Lunatic asylums Bombay report 1891-1903 - 1891-1903
Year: 1891
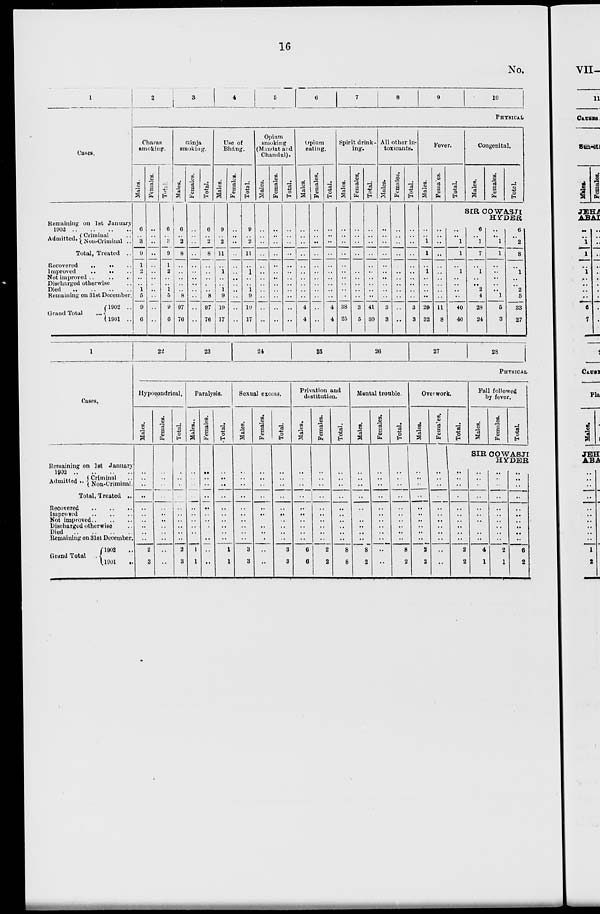
16
No.
1
Cases.
Remaining on 1st January
1902 .. .. .. ..
Admitted. Criminal ..
Non-Criminal ..
Total, Treated ..
Recovered .. .. ..
Improved
..
..
..
Not improved .. .. ..
Discharged otherwise ..
Died .. .. .. ..
Remaining on 31at December.
Grand Total ..
1902
..
1901 ..
2
3
4
5
6
7
8
9
10
PHYSICAL
Charas
smoking.
Males.
6
..
3
9
1
2
..
..
1
5
9
6
Females.
..
..
..
..
..
..
..
..
..
..
..
..
Total.
6
..
3
9
1
2
..
..
1
5
9
6
Gánja
smoking.
Males.
6
..
2
8
..
..
..
..
..
8
97
76
Females.
..
..
..
..
..
..
..
..
..
..
..
..
Total.
6
..
2
8
..
..
..
..
..
8
97
76
Use of
Bhang.
Males.
9
..
2
11
..
1
..
..
1
9
19
17
Females.
..
..
..
..
..
..
..
..
..
..
..
..
Total.
9
..
2
11
..
1
..
..
1
9
19
17
Opium
smoking
(Mandat and
Chandul).
Males.
..
..
..
..
..
..
..
..
..
..
..
..
Females.
..
..
..
..
..
..
..
..
..
..
..
..
Total.
..
..
..
..
..
..
..
..
..
..
..
..
Opium
eating.
Males.
..
..
..
..
..
..
..
..
..
..
4
4
Females.
..
..
..
..
..
..
..
..
..
..
..
..
Total.
..
..
..
..
..
..
..
..
..
..
4
4
Spirit drink-
ing.
Males.
..
..
..
..
..
..
..
..
..
..
38
25
Females.
..
..
..
..
..
..
..
..
..
..
3
5
Total
..
..
..
..
..
..
..
..
..
..
41
30
All other in-
toxicants.
Males.
..
..
..
..
..
..
..
..
..
..
3
3
Females.
..
..
..
..
..
..
..
..
..
..
..
..
Total.
..
..
..
..
..
..
..
..
..
..
3
3
Fever.
Males.
..
..
1
1
..
1
..
..
..
..
29
32
Females.
Total.
Congenital.
Males.
Females.
Total.
SIR COWASJl
HYDER
..
..
..
..
..
..
..
..
..
..
11
8
..
..
1
1
..
1
..
..
..
..
40
40
6
..
1
7
..
1
..
..
2
4
28
24
..
..
1
1
..
..
..
..
..
1
5
3
6
..
2
8
..
1
..
..
2
5
33
27
1
Cases.
Remaining on 1st January
1902
..
..
..
..
Admitted .. Criminal ..
Non-Criminal ..
Total, Treated ..
Recovered
..
..
..
Improved
..
..
..
Not improved
..
..
..
Discharged otherwise ..
Died
..
..
..
..
Remaining on 31st December.
Grand Total
1902 ..
1901 ..
22
23
24
25
26
27
28
PHYSICAL
Hypocondrical.
Males.
..
..
..
..
..
..
..
..
..
..
2
3
Females.
..
..
..
..
..
..
..
..
..
..
..
..
Total.
..
..
..
..
..
..
..
..
..
..
2
3
Paralysis.
Males.
..
..
..
..
..
..
..
..
..
..
1
1
Females.
..
..
..
..
..
..
..
..
..
..
..
..
Total.
..
..
..
..
..
..
..
..
..
..
1
1
Sexual excess.
Males.
..
..
..
..
..
..
..
..
..
..
3
3
Females.
..
..
..
..
..
..
..
..
..
..
..
..
Total.
..
..
..
..
..
..
..
..
..
..
3
3
Privation and
destitution.
Males.
..
..
..
..
..
..
..
..
..
..
6
6
Females.
..
..
..
..
..
..
..
..
..
..
2
2
Total.
..
..
..
..
..
..
..
..
..
..
8
8
Mental trouble.
Males.
..
..
..
..
..
..
..
..
..
..
8
2
Females.
..
..
..
..
..
..
..
..
..
..
..
..
Total.
..
..
..
..
..
..
..
..
..
..
8
2
Overwork.
Males.
..
..
..
..
..
..
..
..
..
..
2
2
Females.
..
..
..
..
..
..
..
..
..
..
..
..
Total.
Fall followed
by fever.
Males.
Females.
Total.
SIR COWASJI
HYDER
..
..
..
..
..
..
..
..
..
..
2
2
..
..
..
..
..
..
..
..
..
..
4
1
..
..
..
..
..
..
..
..
..
..
2
1
..
.. ..
..
..
..
..
..
..
..
..
6
2